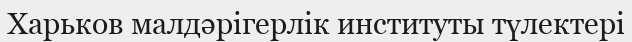
Харьков малдәрігерлік институты түлектері